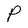
Character: P